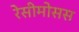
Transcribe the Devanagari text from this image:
रेसीमोसस